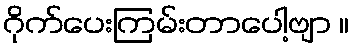
ဂိုက်ပေးကြမ်းတာပေါ့ဗျာ ။